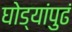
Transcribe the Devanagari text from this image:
घोड्यांपुढं